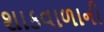
શાકવાળાની